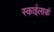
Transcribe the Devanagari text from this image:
स्काईलार्क